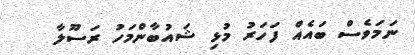
ނަމަވެސް ބައެއް ފަހަރު މުޅި ޝައުބާންމަހު ރަސޫލާ